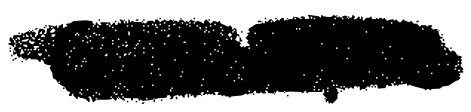
Text: Gillespie
Cross-out: mix
Writing tool: digital_black